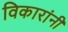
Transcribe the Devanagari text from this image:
विकारांनी